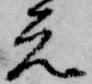
元